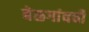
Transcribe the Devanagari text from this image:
बेळगांवची